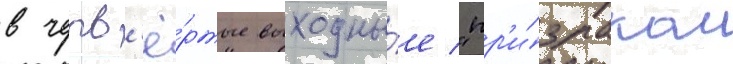
в четв'ё́ртые выходны́е "пр'и́зраком